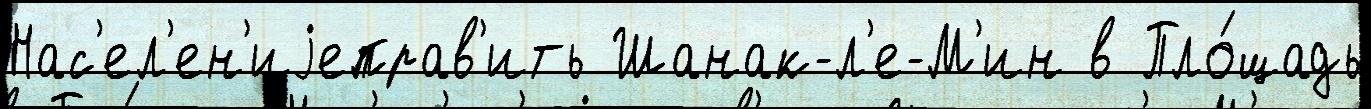
Нас'ел'ен'иjеправ'ить Шанак-л'е-М'ин в Пло́щадь